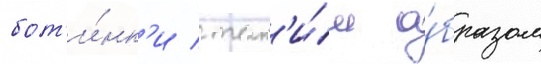
бот'и́нк'и / так'и́м о́бразом